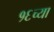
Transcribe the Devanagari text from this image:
१६च्या